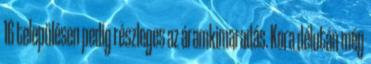
16 településen pedig részleges az áramkimaradás. Kora délután még